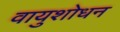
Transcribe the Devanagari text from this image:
वायुशोधन